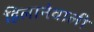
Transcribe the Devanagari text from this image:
हिलानेवाली